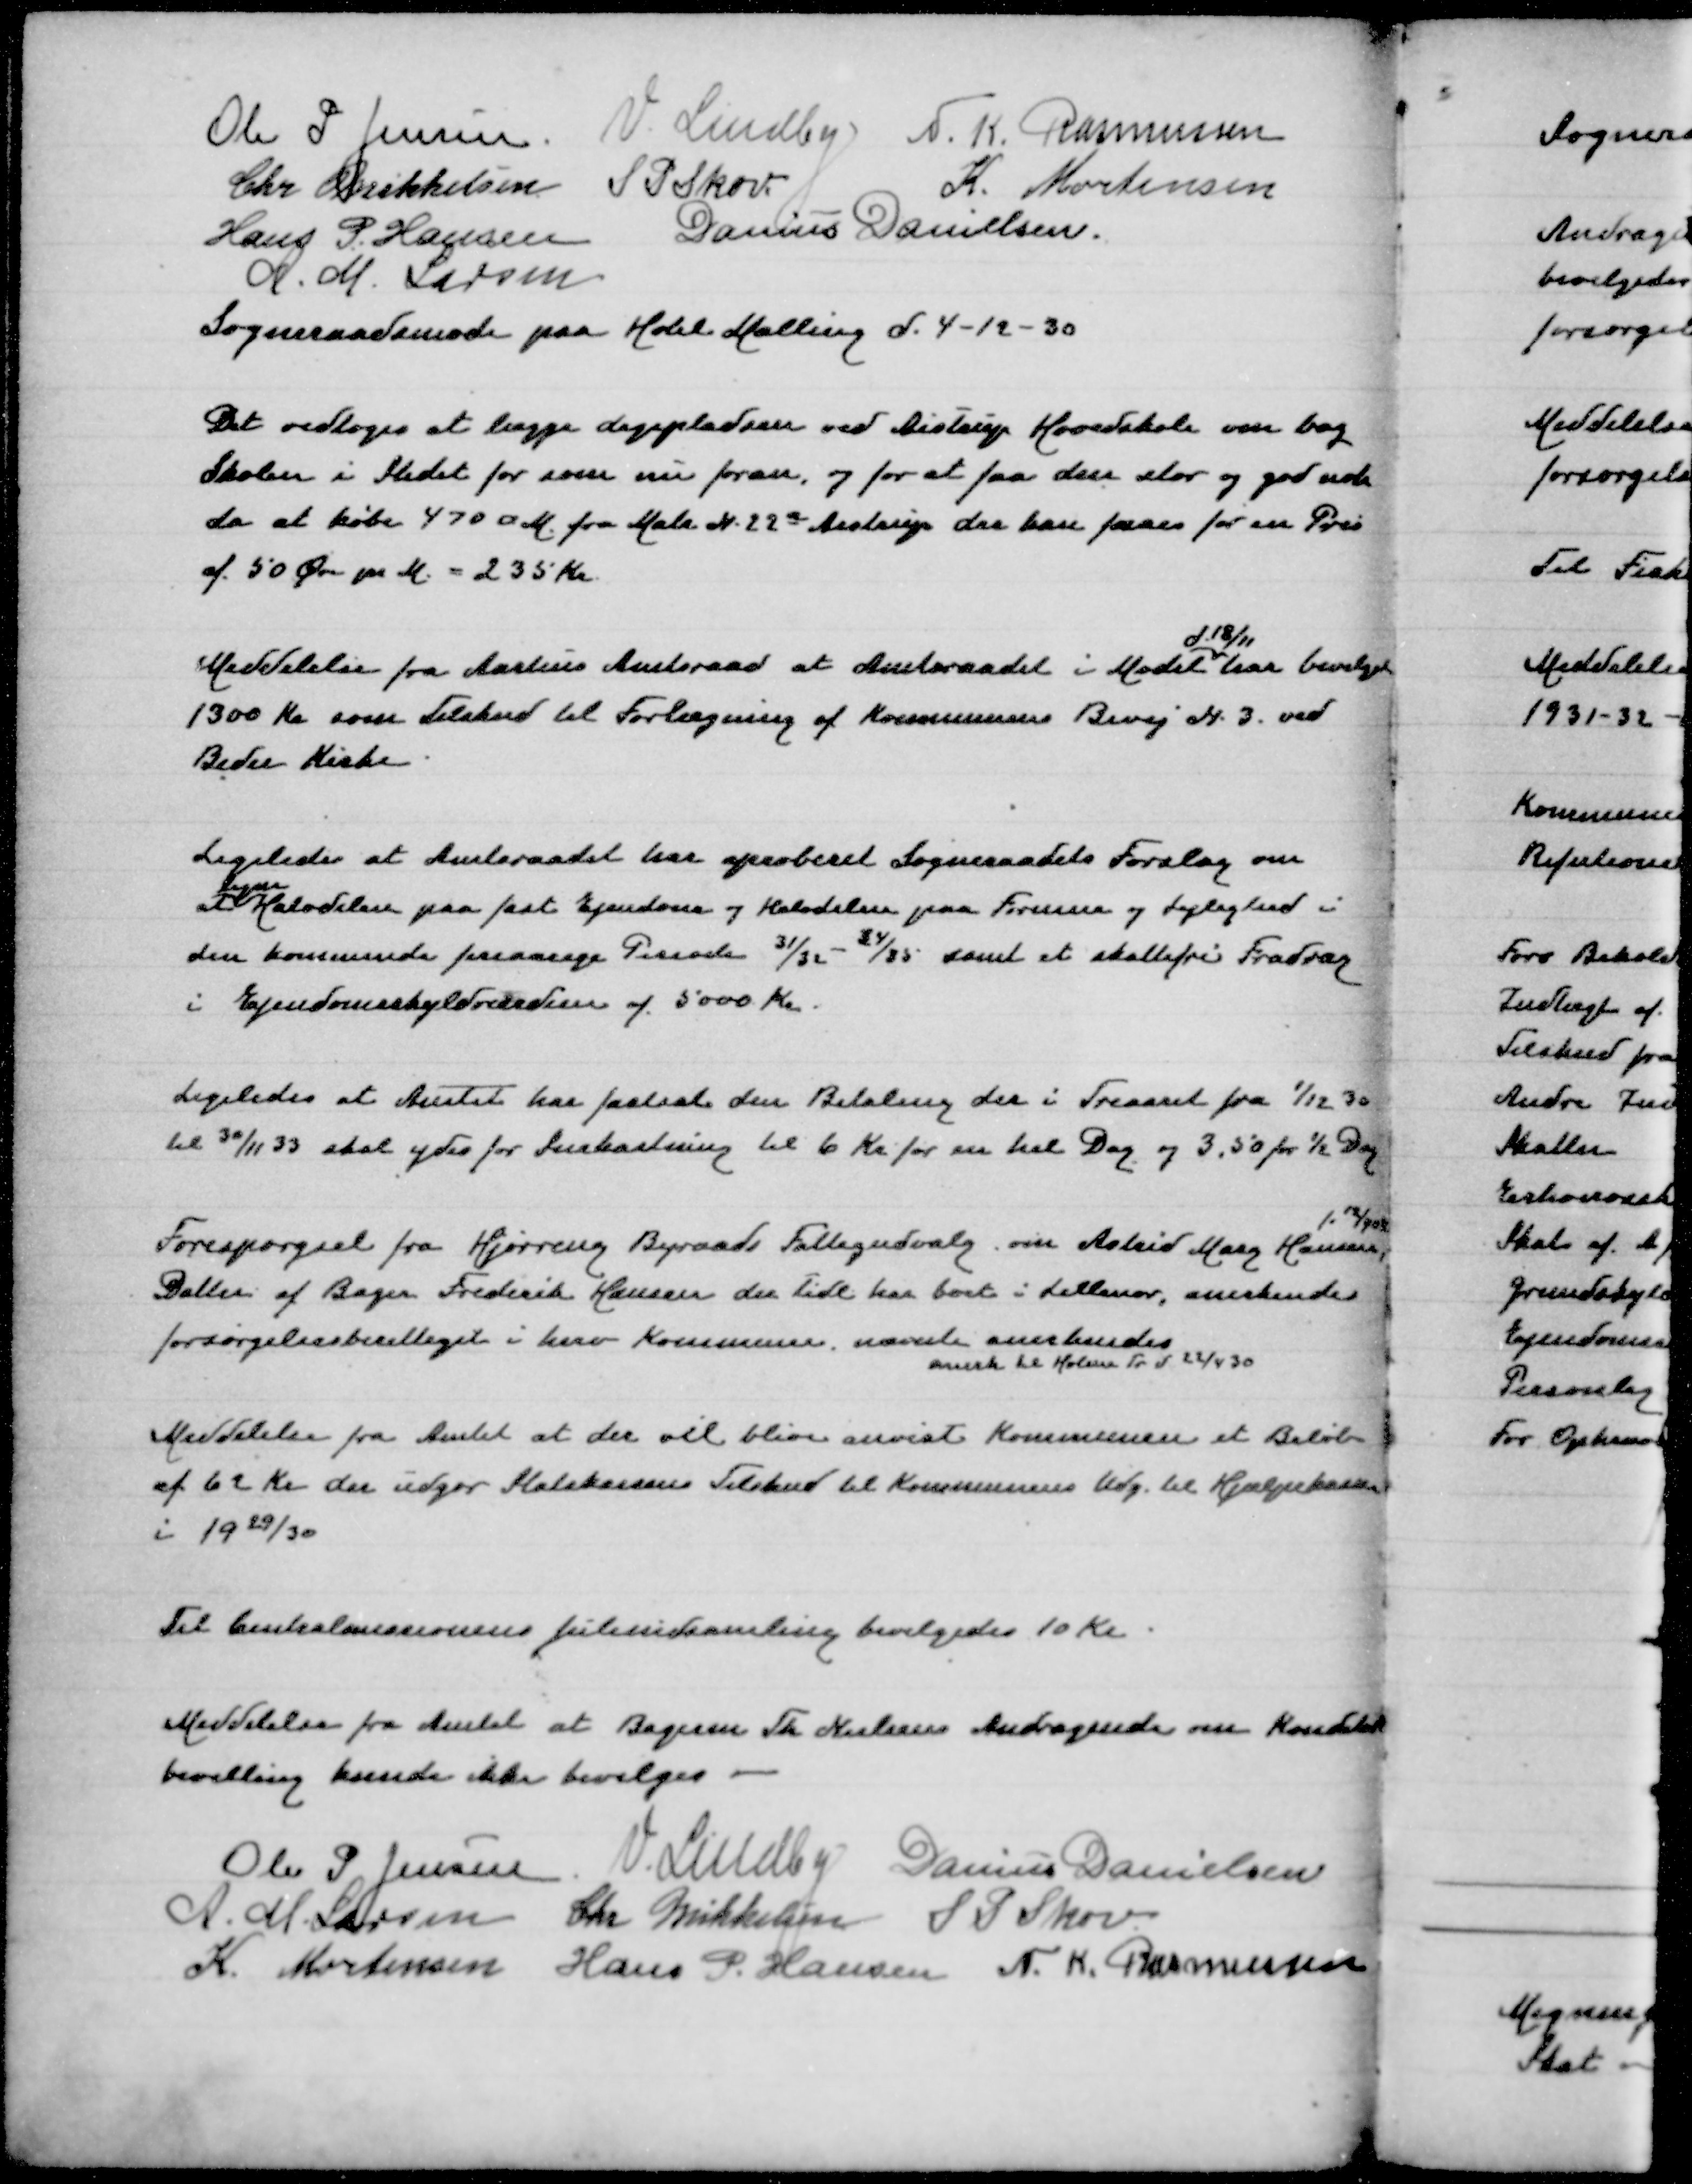
Transskription:
Ole P Jensen
V Lindby
N K Rasmussen
Chr Mikkelsen
S P skov
L Mortensen
Hans P Hansen
Danius Danielsen
A M Larsen
Sogneraadsmøde paa Hotel Malling d 4-12-30

Det vedtoges at lægge Legepladsen ved Aistrup Hovedskole om bag
Skolen i Stedet for som nu foran, og for at faa stor og god nok
da at Købe 470 ؝ M fra Matr N 22a Aistrup der kan faaes for en Pris
af 50 Øre pr M = 235 Kr

d 18/11
Meddelelse fra Aarhus Amtsraad at Amtsraadet i Mødet har bevilget
1300 Kr som Tilskud til Forlægning af Kommunens Bivej N 3 ved
Beder Kirke

Ligeledes at Amtsraadet har aproberet Sogneraadets Forslag om
ligne
at Halvdelen paa fast Ejendom og Halvdelen paa Formue og Lejlighed i
den kommende fireaarige Periode 31/32-34/35 samt et skattefri Fradrag
i Ejendomsskyldværdien af 5000 Kr

Ligeledes at Amtet har fastsat den Betaling der i Treaaret fra 1/12 30
til 30/11 33 skal ydes for Snekastning til 6 Kr for en hel Dag og 3,50 for ½ Dag

f 12/4 08
Forespørgsel fra Hjørring Byraads Fattigudvalg om Astrid Mary Hansen
Datter af Bager Frederik Hansen der tidl har boet i Lillenor, anerkendes
forsørgelsesberettiget i herv Kommune nævnte anerkendes
anerk til Holme Tr d 24/4 30

Meddelelse fra Amtet at der vil blive anvist Kommunen et Beløb
af 62 Kr der udgør Statskassens Tilskud til Kommunens Udg til Hjælpekassen
i 1929/30

Til Centralmissionens Juleindsamling bevilgedes 10 Kr

Meddelelse fra Amtet at Bagerm Th Nielsens Andragende om Konditor=
bevilling kunde ikke bevilges

Ole P Jensen
V Lindby
Danius Danielsen
A M Larsen
Chr Mikkelsen
S P Skov
K Mortensen
Hans P Hansen
N K Rasmussen